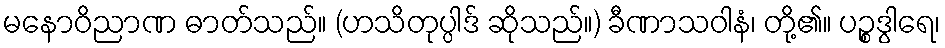
မနောဝိညာဏ ဓာတ်သည်။ (ဟသိတုပ္ပါဒ် ဆိုသည်။) ခီဏာသဝါနံ၊ တို့၏။ ပဉ္စဒွါရေ၊